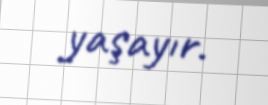
yaşayır.